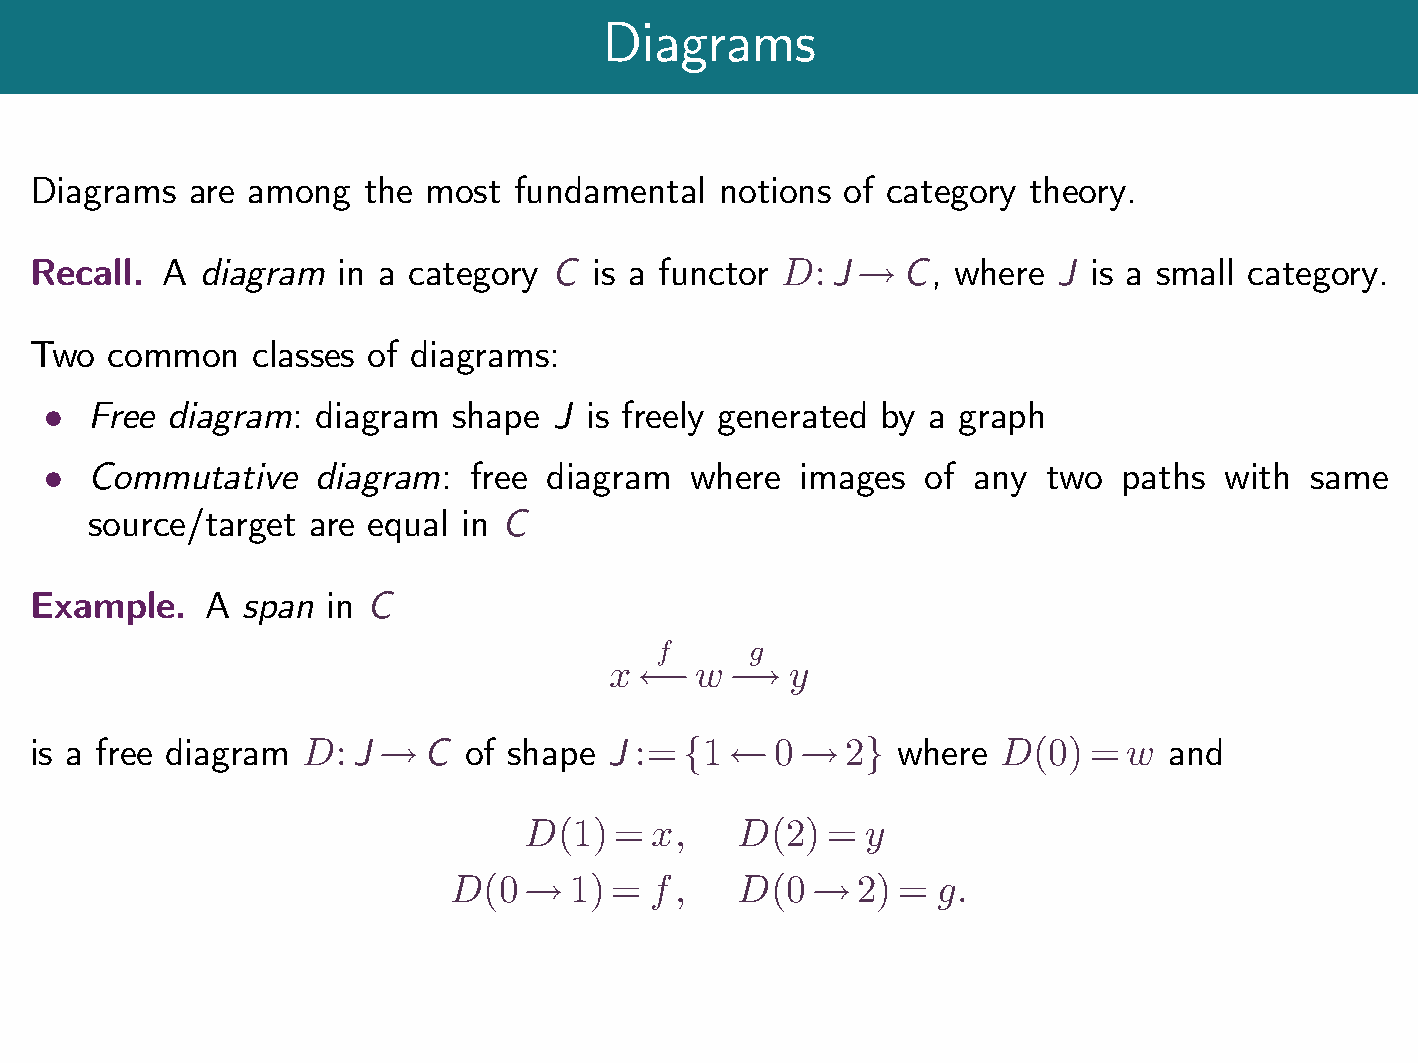
Diagrams
 Diagrams  are among   the most  fundamental   notions of category theory.
 Recall.  A diagram  in a category C  is a functor D: J    C, where  J is a small category.
 !
 Two  common    classes of diagrams:
 Free diagram:  diagram  shape  J is freely generated by a graph
 
 Commutative    diagram:  free diagram   where  images  of any  two  paths  with  same
 
 source/target are equal  in C
 Example.    A span  in C
 f      g
 x     w     y
 !!!!!!!!
 is a free diagram D: J    C  of shape J :=   1   0    2  where  D(0)  =  w and
 !                   f       !   g
 D(1)  = x;    D(2)  = y
 D(0     1) = f;    D(0     2) = g:
 !                  !